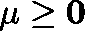
\mathbf { \mu } \geq \mathbf { 0 }